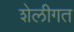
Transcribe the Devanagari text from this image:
शेलीगत